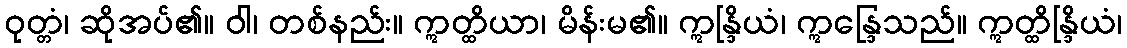
ဝုတ္တံ၊ ဆိုအပ်၏။ ဝါ၊ တစ်နည်း။ ဣတ္ထိယာ၊ မိန်းမ၏။ ဣန္ဒြိယံ၊ ဣန္ဒြေသည်။ ဣတ္ထိန္ဒြိယံ၊